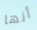
أنها